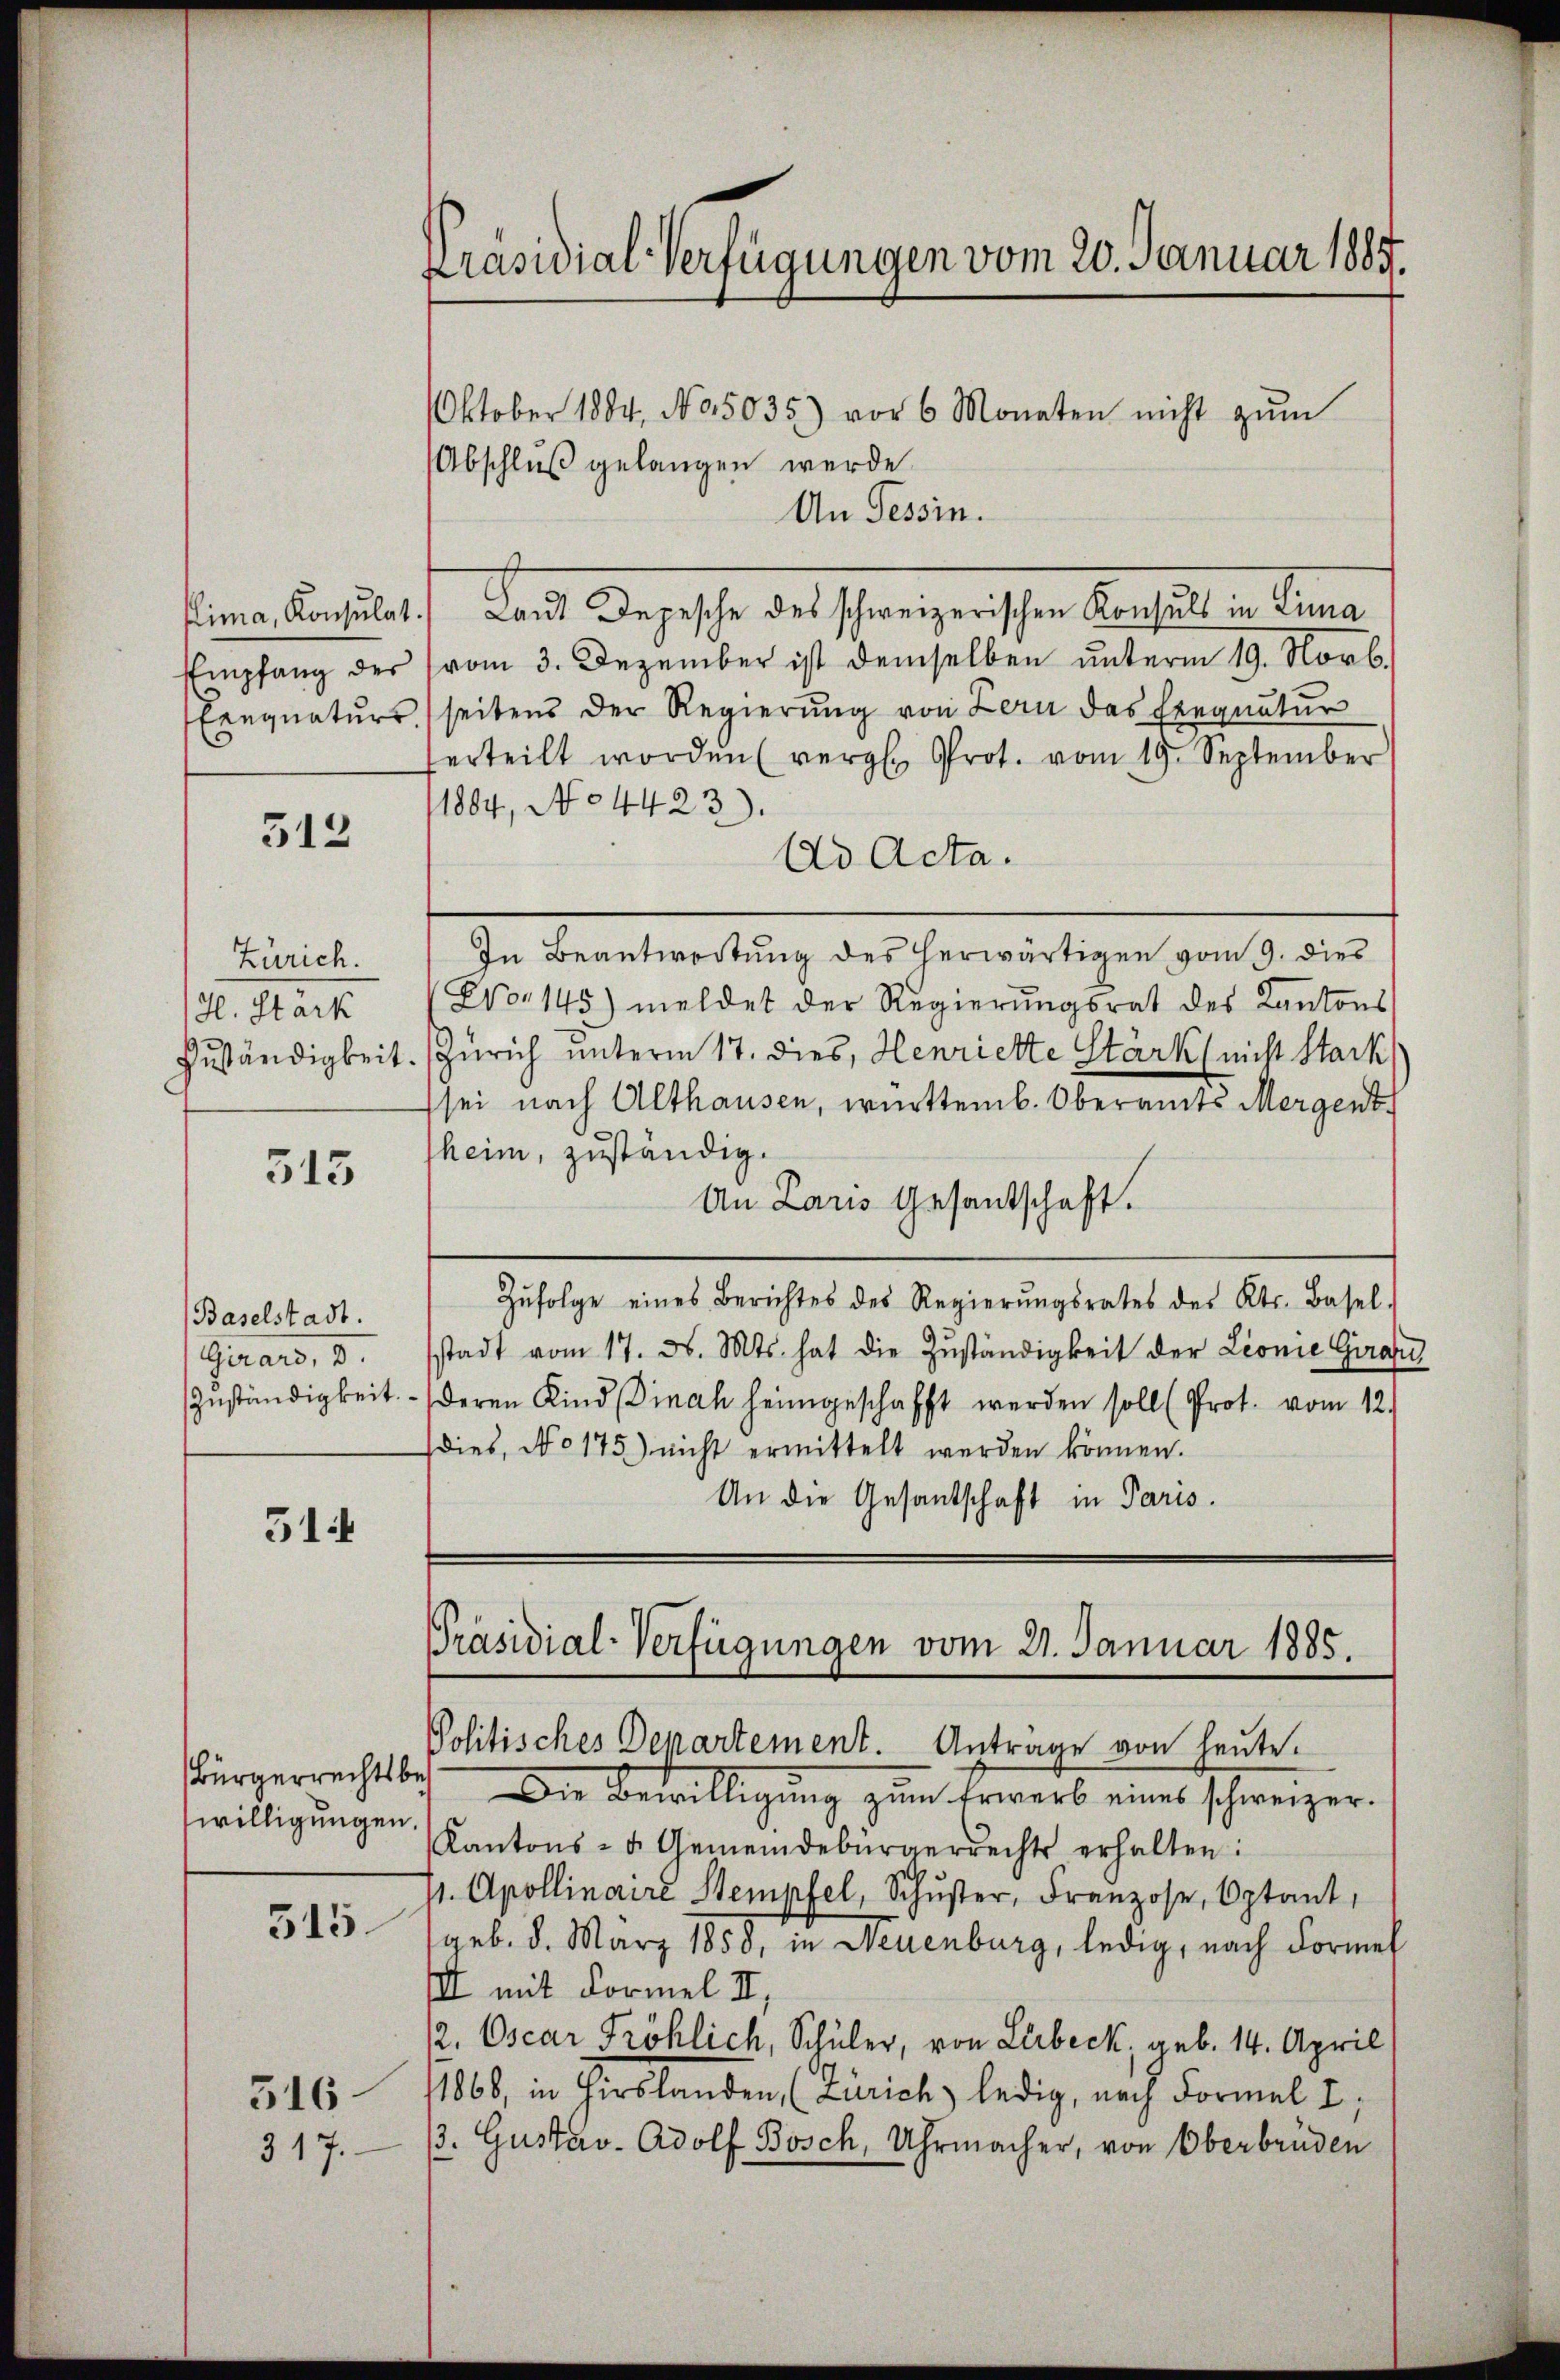
512

Zürich.
H. Stark

315

Baselstadt.
Guars, 3.

514

willigungen.

315.

516.
317.

Oktober 1884, No. 5035) vor 6 Monaten nicht zŭm
(Abschluß gelangen werde.
An Tessin.
Plima, Konsulat.) Laut Depesche des schweizerischen Konsuls in Lina
Empfang der (vom 3. Dezember ist demselben unterm 19. Novb.
Einquatŭrs) seitens der Regierŭng von Bern das Eregnatur
erteilt worden vergl. Prot. vom 19. September
1884, No 4423).
Ad Acta.
In Beantwortung des herwärtigen vom 9. dies
Evor 145) meldet der Regierungsrat des Kantons
Zuständigkeit. Zürich unterm 17. dies, Henriette Stärk nicht Stack,
sei nach Althausen, württemb. Oberamts Mergent
heim, zuständig.
An Laris Gesandschaft.
Zŭfolge eines Berichtes des Regierŭngsrates des Kts. Basel.
stadt vom 17. d. Mts. hat die Zŭständigkeit der Lionie Girar
Zuständigkeit. (deren Kind (inah heimgeschafft werden soll (Prot. vom 12.
dies, No 175) nicht ermittelt werden können.
An die Gesantschaft in Paris.

Präsidial-Verfügungen vom 20. Januar 1885.

Politisches Departement. Anträge von heute.
Bürgerrechtsbe. Die Bewilligŭng zum Erwerb eines schweizer-
Kantons- u. Gemeindebürgerrechts erhalten:
/1. Apollinaire Stempfel, Schŭster, Franzose, Optant,
geb. 8. März 1858, in Neuenburg, ledig, nach Formel
III mit Formel II.
2. Oscar Fröhlich, Schüler, von Lübeck. geb. 14. April
11866, in Hirslanden, (Zürich ledig, nach Formel I
/3. Gustav Adolf Bosch, Uhrmacher, von Oberbruden

Präsidial-Verfügungen vom 21. Januar 1885.